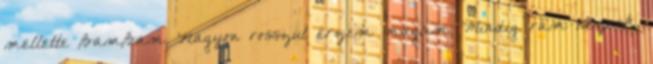
mellette BamBam. Nagyon rosszul érzem magam. Mindig rám néznek.